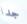
جدا